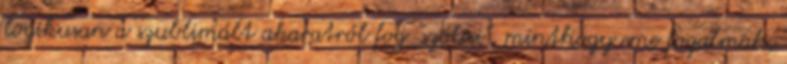
logikusan a szublimált akaratról fog "szólni", minthogy eme fogalmak,